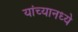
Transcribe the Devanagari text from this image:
यांच्यानध्ये